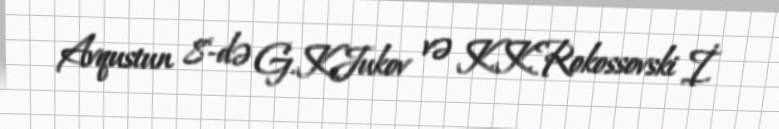
Avqustun 8-də G.K.Jukov və K.K.Rokossovski İ.